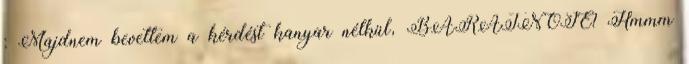
: Majdnem bevettem a kérdést kanyar nélkül, BARÁTNŐJE? Hmmm